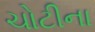
ચોટીના